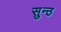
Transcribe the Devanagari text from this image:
सुन्ठ